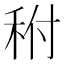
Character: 𥞂